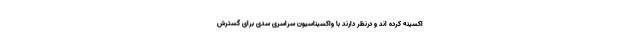
اکسینه کرده اند و درنظر دارند با واکسیناسیون سراسری سدی برای گسترش